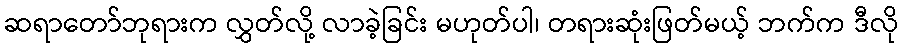
ဆရာတော်ဘုရားက လွှတ်လို့ လာခဲ့ခြင်း မဟုတ်ပါ၊ တရားဆုံးဖြတ်မယ့် ဘက်က ဒီလို